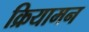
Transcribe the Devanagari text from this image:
क्रियामन